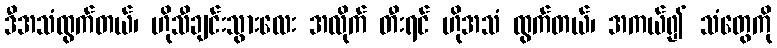
ဒီအသံထွက်တယ်၊ ဟိုသီချင်းသွားလေး အလိုက် တီးရင် ဟိုအသံ ထွက်တယ်၊ အကယ်၍ သံတွေကို